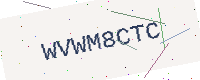
Text: WVWM8CTC